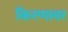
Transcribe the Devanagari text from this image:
किरणावर